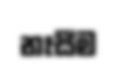
නෑසීම